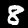
Digit: 8